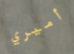
أميري